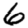
Digit: 6